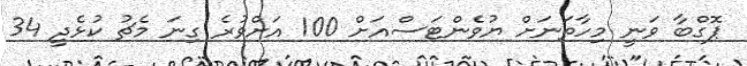
ޕޮގްބާ ވަނީ މިހާތަނަށް ޔުވެންޓަސްއަށް 100 އަށްވުރެ ގިނަ މެޗު ކުޅެދީ 34